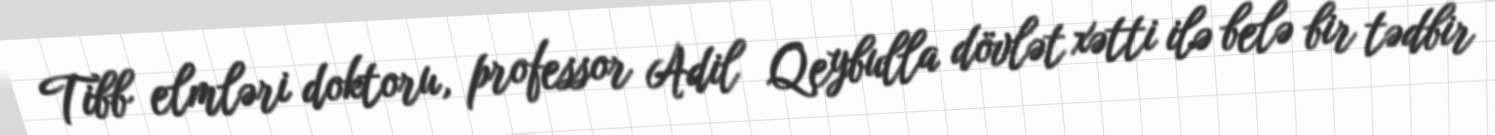
Tibb elmləri doktoru, professor Adil Qeybulla dövlət xətti ilə belə bir tədbir